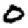
Digit: 0